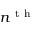
n ^ { \mathrm { ~ t ~ h ~ } }